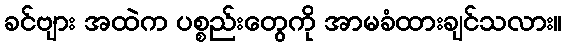
ခင်ဗျား အထဲက ပစ္စည်းတွေကို အာမခံထားချင်သလား။